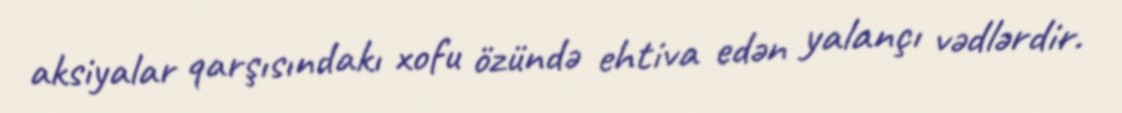
aksiyalar qarşısındakı xofu özündə ehtiva edən yalançı vədlərdir.